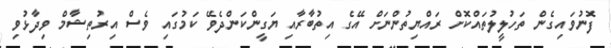
ފޮނުވައިގެން ތަހުލީލުތައްކޮށް ރައްޔިތުންނަށް އޭގެ އިތުބާރާއި ޔަގީންކަންދެވޭ ކަމުގައި ވެސް އިރުތިޝާމް ވިދާޅުވި